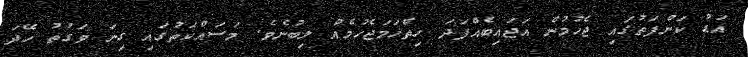
އަޑު ކަންފަތުގައި ޖެހުމުން އަޖައިބެއްފަދަ ހިތްހަމަޖެހުމެއް ލިބުނެވެ. މަސައްކަތުގައި ގިނަ ވަގުތު ހޭދަ